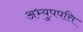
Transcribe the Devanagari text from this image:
अभ्युपपत्ति